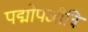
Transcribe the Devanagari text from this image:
पद्मोपजीवि